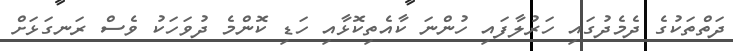
ދަތްތަކުގެ ދެމެދުގައި ހަރުލާފައި ހުންނަ ކާއެތިކޮޅާއި ހަޑި ކޮންމެ ދުވަހަކު ވެސް ރަނގަޅަށް